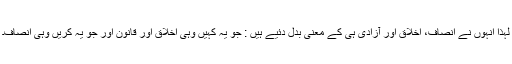
لہٰذا انہوں نے انصاف، اخلاق اور آزادی ہی کے معنی بدل دئیے ہیں : جو یہ کہیں وہی اخلاق اور قانون اور جو یہ کریں وہی انصاف۔